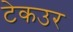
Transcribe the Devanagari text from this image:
टेकउर